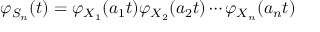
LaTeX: \varphi _ { S _ { n } } ( t ) = \varphi _ { X _ { 1 } } ( a _ { 1 } t ) \varphi _ { X _ { 2 } } ( a _ { 2 } t ) \cdots \varphi _ { X _ { n } } ( a _ { n } t ) \,